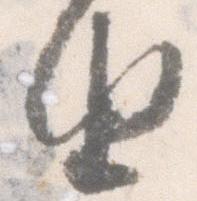
由